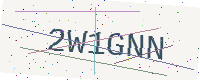
Text: 2W1GNN